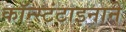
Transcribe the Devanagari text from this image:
कॉन्स्टंटाइनाने